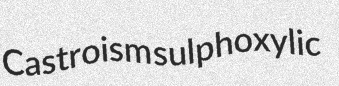
Castroism sulphoxylic